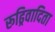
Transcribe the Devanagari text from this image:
रूढ्रिवादिता